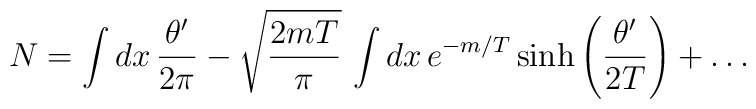
N=\int dx\, \frac{\theta^\prime}{2\pi} -\sqrt{\frac{2mT}{\pi}}\,\int dx\, e^{-m/T}\, {\rm sinh}\left(\frac{\theta^\prime}{2T}\right)+\dots